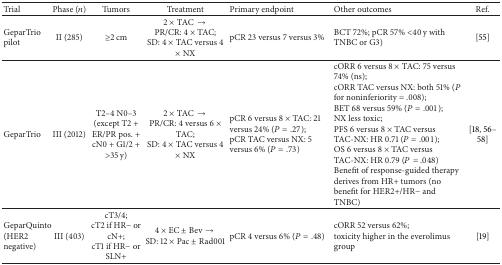
<table><thead><tr><td><b>Trial</b></td><td><b>Phase (<i>n</i>)</b></td><td><b>Tumors</b></td><td><b>Treatment</b></td><td><b>Primary endpoint</b></td><td><b>Other outcomes</b></td><td><b>Ref.</b></td></tr></thead><tbody><tr><td>GeparTrio pilot</td><td>II (285)</td><td>≥2 cm</td><td>2 × TAC → PR/CR: 4 × TAC; SD: 4 × TAC versus 4 × NX</td><td>pCR 23 versus 7 versus 3%</td><td>BCT 72%; pCR 57% &lt;40 y with TNBC or G3)</td><td>[55]</td></tr><tr><td>GeparTrio</td><td>III (2012)</td><td>T2–4 N0–3(except T2 + ER/PR pos. + cN0 + G1/2 + &gt;35 y)</td><td>2 × TAC → PR/CR: 4 versus 6 × TAC; SD: 4 × TAC versus 4 × NX</td><td>pCR 6 versus 8 × TAC: 21 versus 24% (<i>P</i> = .27);pCR TAC versus NX: 5 versus 6% (<i>P</i> = .73)</td><td>cORR 6 versus 8 × TAC: 75 versus 74% (ns);cORR TAC versus NX: both 51% (<i>P</i> for noninferiority = .008);BET 68 versus 59% (<i>P</i> = .001);NX less toxic;PFS 6 versus 8 × TAC versus TAC-NX: HR 0.71 (<i>P</i> = .001);OS 6 versus 8 × TAC versus TAC-NX: HR 0.79 (<i>P</i> = .048) Benefit of response-guided therapy derives from HR+ tumors (no benefit for HER2+/HR− and TNBC)</td><td>[18, 56–58]</td></tr><tr><td>GeparQuinto (HER2 negative)</td><td>III (403)</td><td>cT3/4;cT2 if HR− or cN+;cT1 if HR− or SLN+</td><td>4 × EC ± Bev → SD: 12 × Pac ± Rad001</td><td>pCR 4 versus 6% (<i>P</i> = .48)</td><td>cORR 52 versus 62%;toxicity higher in the everolimus group</td><td>[19]</td></tr></tbody></table>